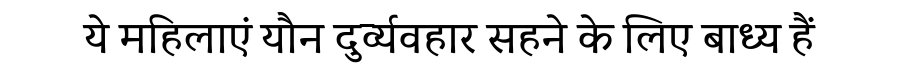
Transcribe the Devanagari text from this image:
ये महिलाएं यौन दुर्व्यवहार सहने के लिए बाध्य हैं